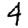
Digit: 4